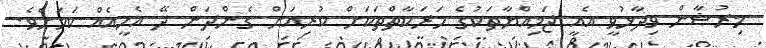
މިރުޝާން ވިދާޅުވީ އެއީ ޖަމިއްޔާތަކުގެ ހަރަކާތްތަކަށް ކުރިއަށް ގެންދަން ދޭ އެހީއެއް ކަމަށެވެ.